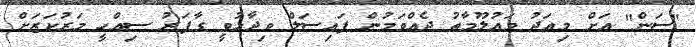
"ސަން" އަށް މިއަދު މައުލޫމާތު ދެއްވަމުން ފައިސަލް ވިދާޅުވީ ގާފަރު ސިއްހީ މަރުކަޒަށް